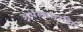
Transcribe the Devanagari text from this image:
अर्थलाभरहित